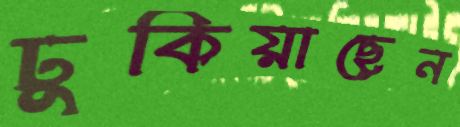
ঢুকিয়াছেন